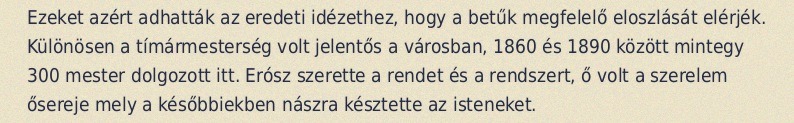
Ezeket azért adhatták az eredeti idézethez, hogy a betűk megfelelő eloszlását elérjék. Különösen a tímármesterség volt jelentős a városban, 1860 és 1890 között mintegy 300 mester dolgozott itt. Erósz szerette a rendet és a rendszert, ő volt a szerelem ősereje mely a későbbiekben nászra késztette az isteneket.